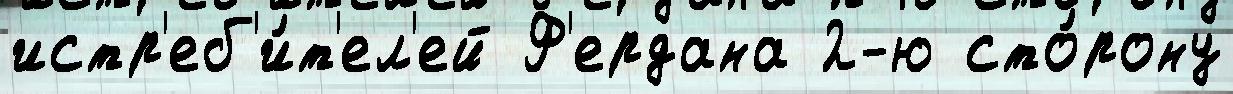
истр'еб'и́т'ел'ей Ф'ердана 2-ю сто́рону